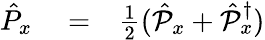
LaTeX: \begin{array}{rlr}{\hat{P}_{x}}&{{}=}&{\frac{1}{2}(\hat{\mathcal P}_{x}+\hat{\mathcal P}_{x}^{\dagger})}\end{array}